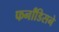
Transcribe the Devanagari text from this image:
फर्नांडिसने